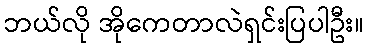
ဘယ်လို အိုကေတာလဲရှင်းပြပါဦး။